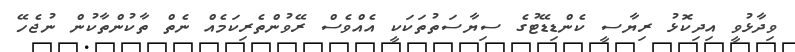
ވިދާޅުވީ އިދިކޮޅު ރިޔާސީ ކެންޑިޑޭޓުގެ ސިޔާސަތުތަކަކީ އެއްވެސް ރޭވުންތެރިކަމެއް ނެތް ތާކުންތާކުން ނުޖެހޭ